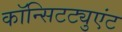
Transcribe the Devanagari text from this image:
कॉन्सिटट्युएंट